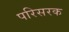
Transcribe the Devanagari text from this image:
परिसरक